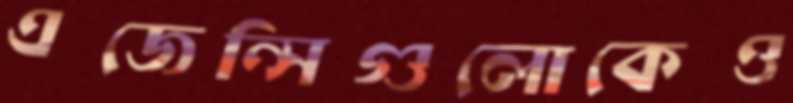
এজেন্সিগুলোকেও